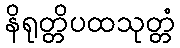
နိရုတ္တိပထသုတ္တံ